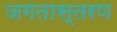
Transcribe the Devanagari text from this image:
जगतास्तरण